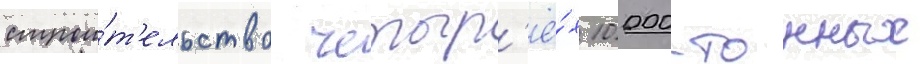
строи́т'ельство четыр'ё́х 10 000-тонных